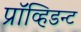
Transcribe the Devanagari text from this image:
प्रॉव्हिडन्ट